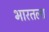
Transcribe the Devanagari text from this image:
भारतला